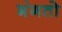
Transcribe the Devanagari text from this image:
भंगतो